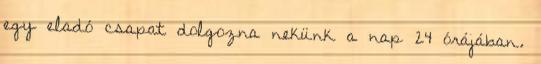
egy eladó csapat dolgozna nekünk a nap 24 órájában.